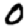
Digit: 0